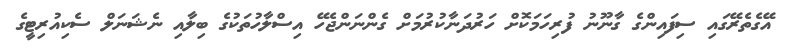
އޭގެތެރޭގައި ސިފައިންގެ ގާނޫނު ފުރިހަމަކޮށް ހަރުދަނާކުރުމަށް ގެންނަންޖެހޭ އިސްލާހުތަކުގެ ބިލާއި ނެޝަނަލް ސެކިއުރިޓީގެ